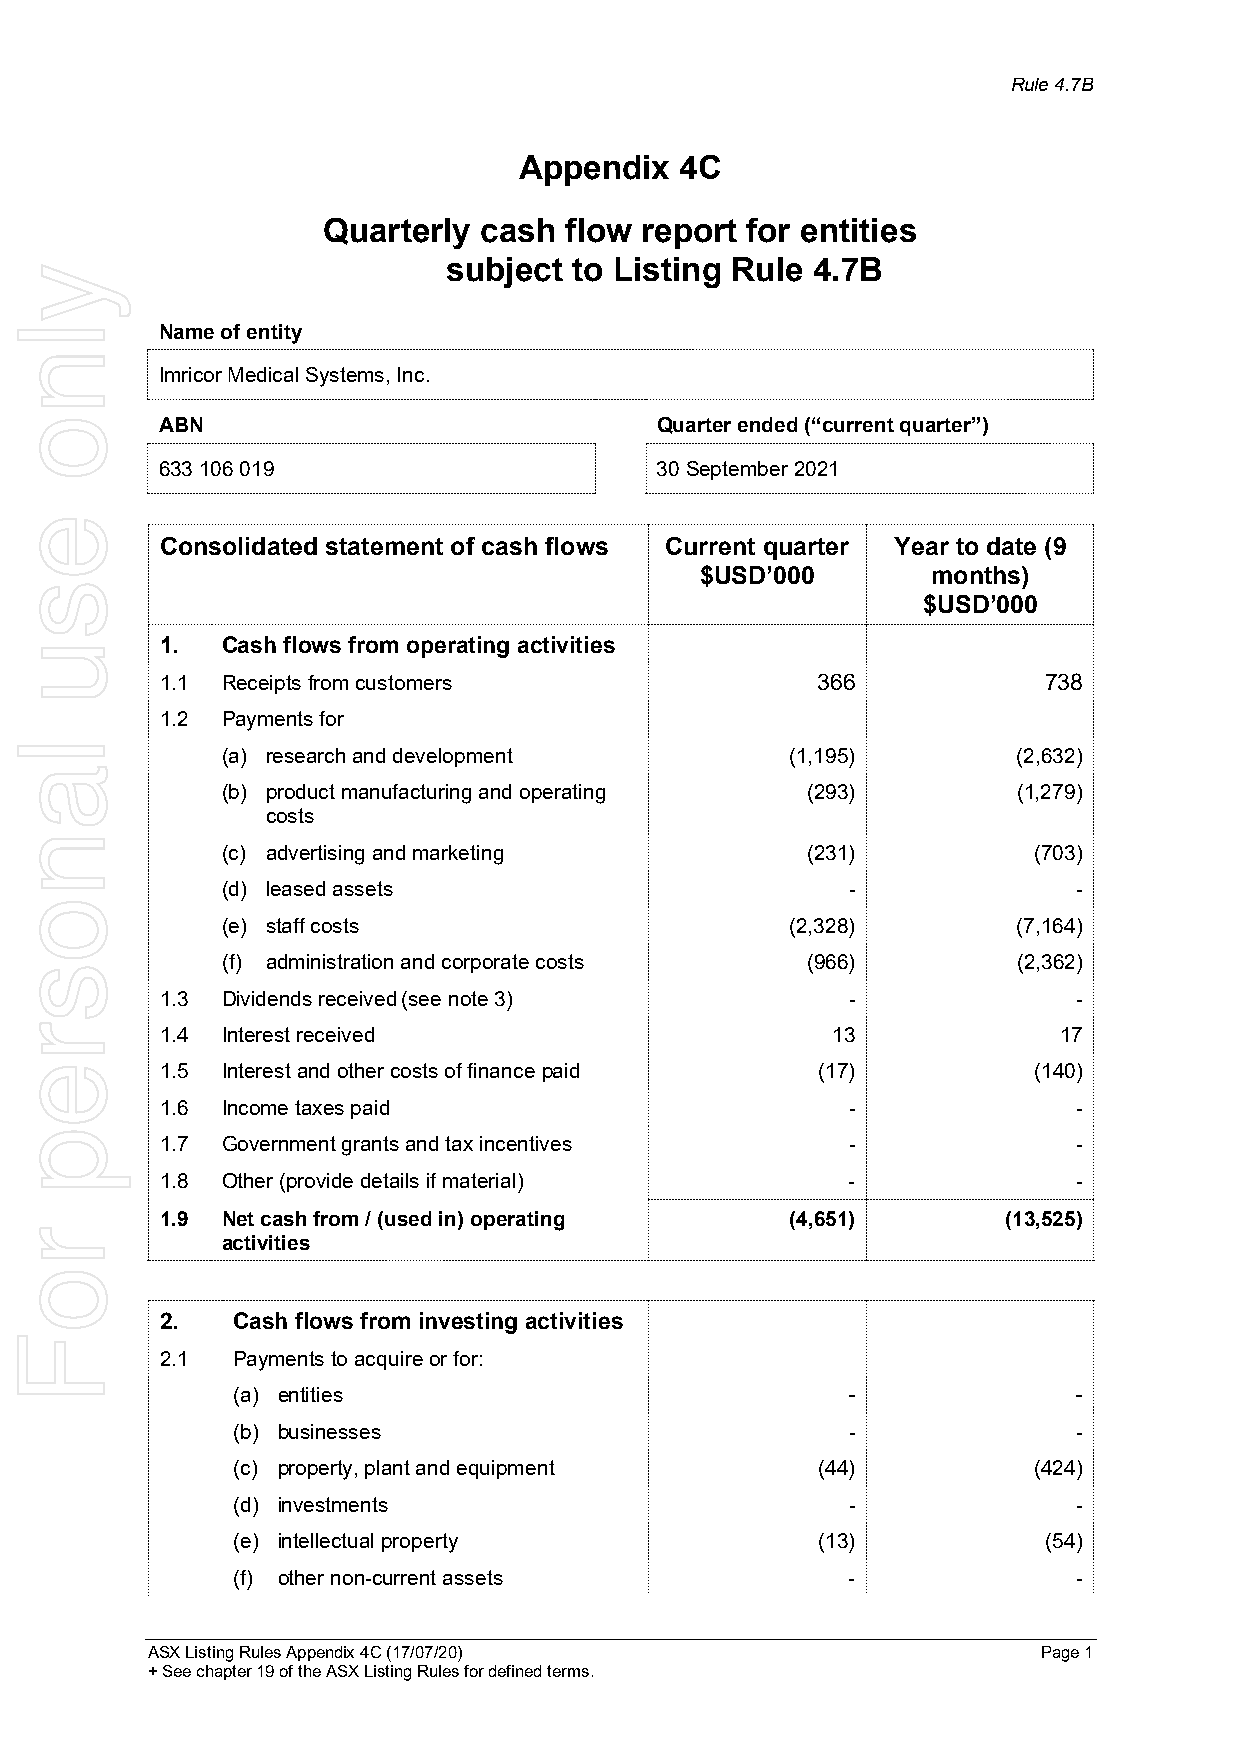
Rule 4.7B
 Appendix   4C
 Quarterly  cash flow report for entities
 subject to Listing Rule 4.7B
 Name of entity
 Imricor Medical Systems, Inc.
 ABN                             Quarter ended (“current quarter”)
 633 106 019                     30 September 2021
 Consolidated statement of cash flows Current quarter Year to date (9
 $USD’000        months)
 $USD’000
 1.  Cash flows from operating activities
 1.1 Receipts from customers                366            738
 1.2 Payments for
 (a) research and development         (1,195)        (2,632)
 (b) product manufacturing and operating (293)       (1,279)
 costs
 (c) advertising and marketing         (231)          (703)
 (d) leased assets                        -              -
 (e) staff costs                      (2,328)        (7,164)
 (f) administration and corporate costs (966)        (2,362)
 1.3 Dividends received (see note 3)          -              -
 1.4 Interest received                       13             17
 1.5 Interest and other costs of finance paid (17)        (140)
 1.6 Income taxes paid                        -              -
 1.7 Government grants and tax incentives     -              -
 1.8 Other (provide details if material)      -              -
 1.9 Net cash from / (used in) operating  (4,651)        (13,525)
 activities
 2.  Cash flows from investing activities
 2.1 Payments to acquire or for:
 (a) entities                             -              -
 (b) businesses                           -              -
 (c) property, plant and equipment      (44)          (424)
 (d) investments                          -              -
 (e) intellectual property              (13)           (54)
 (f) other non-current assets             -              -
 ASX Listing Rules Appendix 4C (17/07/20)                   Page 1
 + See chapter 19 of the ASX Listing Rules for defined terms.
 ylno
 esu
 lanosrep
 roF